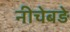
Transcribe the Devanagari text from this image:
नीचेबड़े